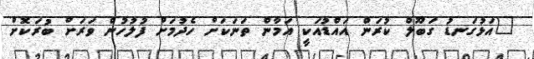
"އަޅުގަނޑު ގަބޫލް ކުރަން އައްޑުއަކީ އަމާން ތަނަކަށް ހެދުމަށް ފުލުހުން ވަރަށް ބުރަކޮށް